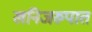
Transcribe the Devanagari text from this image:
खनिजरुपात